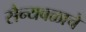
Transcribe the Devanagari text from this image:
सैन्यबळाचे